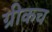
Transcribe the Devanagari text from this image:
ग्रीकच